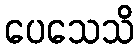
ပေသေသိ